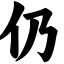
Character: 仍